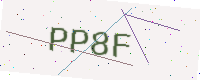
Text: PP8F